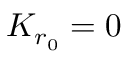
K _ { r _ { 0 } } = 0